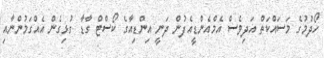
ހޯދުމުގެ މަސައްކަތް އަދިވެސް އެމްއެންޑީއެފުން ދަނީ އިންޑިއާގެ ކޯސްޓް ގާޑާ ގުޅިގެން އެއްގަމުންނާއި